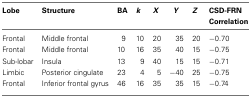
<table><thead><tr><td><b>Lobe</b></td><td><b>Structure</b></td><td><b>BA</b></td><td><b><i>k</i></b></td><td><b><i>X</i></b></td><td><b><i>Y</i></b></td><td><b><i>Z</i></b></td><td><b>CSD-FRN Correlation</b></td></tr></thead><tbody><tr><td>Frontal</td><td>Middle frontal</td><td>9</td><td>10</td><td>20</td><td>35</td><td>20</td><td>−0.70</td></tr><tr><td>Frontal</td><td>Middle frontal</td><td>10</td><td>16</td><td>35</td><td>40</td><td>15</td><td>−0.75</td></tr><tr><td>Sub-lobar</td><td>Insula</td><td>13</td><td>9</td><td>40</td><td>15</td><td>15</td><td>−0.71</td></tr><tr><td>Limbic</td><td>Posterior cingulate</td><td>23</td><td>4</td><td>5</td><td>−40</td><td>25</td><td>−0.75</td></tr><tr><td>Frontal</td><td>Inferior frontal gyrus</td><td>46</td><td>16</td><td>35</td><td>35</td><td>15</td><td>−0.74</td></tr></tbody></table>